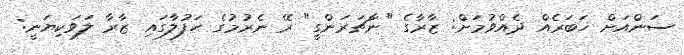
ސަންއަށް ޚަބަރެއް ދެއްވުމަށް: ޒާރާގެ "ނާޗަރަންގީ" ރޭ ނެރުމުގެ ހަފުލާގައި ޒާރާ ލަވަކިޔަނީ: